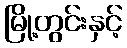
မြို့တွင်းနှင့်